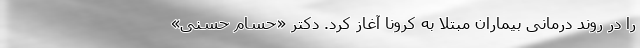
را در روند درمانی بیماران مبتلا به کرونا آغاز کرد. دکتر «حسام حسنی»